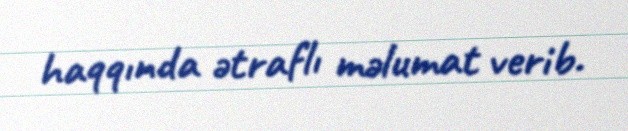
haqqında ətraflı məlumat verib.